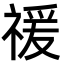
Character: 禐